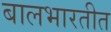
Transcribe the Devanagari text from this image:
बालभारतीत